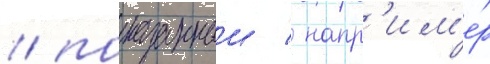
/ показанныи / напр'им'е́р